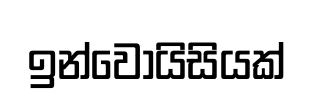
ඉන්වොයිසියක්